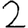
Digit: 2